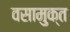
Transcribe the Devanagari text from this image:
वसामुक्त